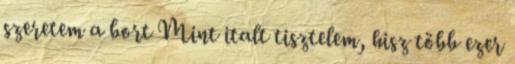
szeretem a bort Mint italt tisztelem, hisz több ezer